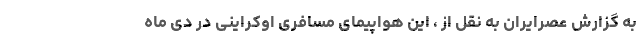
به گزارش عصرایران به نقل از ، این هواپیمای مسافری اوکراینی در دی ماه